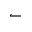
\leftharpoonup